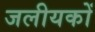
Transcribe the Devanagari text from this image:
जलीयकों